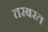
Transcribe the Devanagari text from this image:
तरबरत